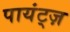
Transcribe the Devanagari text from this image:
पायंट्ज़